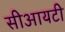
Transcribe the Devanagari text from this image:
सीआयटी